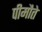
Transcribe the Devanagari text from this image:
पीमौते